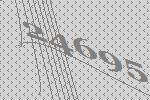
24695